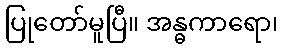
ပြုတော်မူပြီ။ အန္ဓကာရော၊